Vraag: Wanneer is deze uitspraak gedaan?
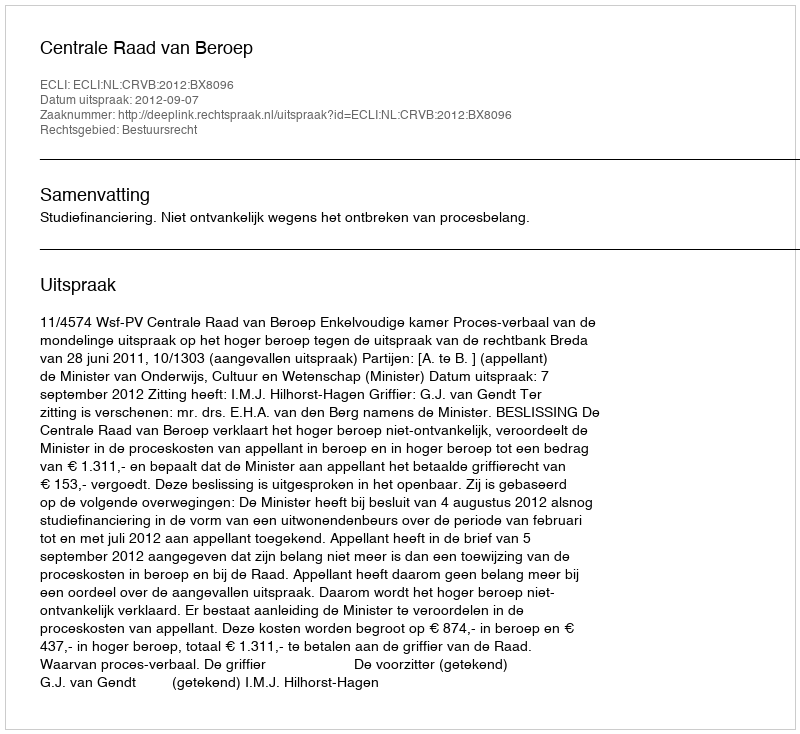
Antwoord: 2012-09-07